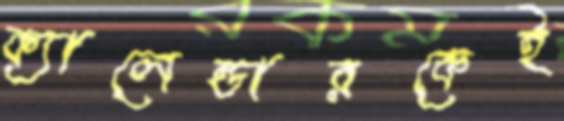
ক্যালেন্ডারকেই